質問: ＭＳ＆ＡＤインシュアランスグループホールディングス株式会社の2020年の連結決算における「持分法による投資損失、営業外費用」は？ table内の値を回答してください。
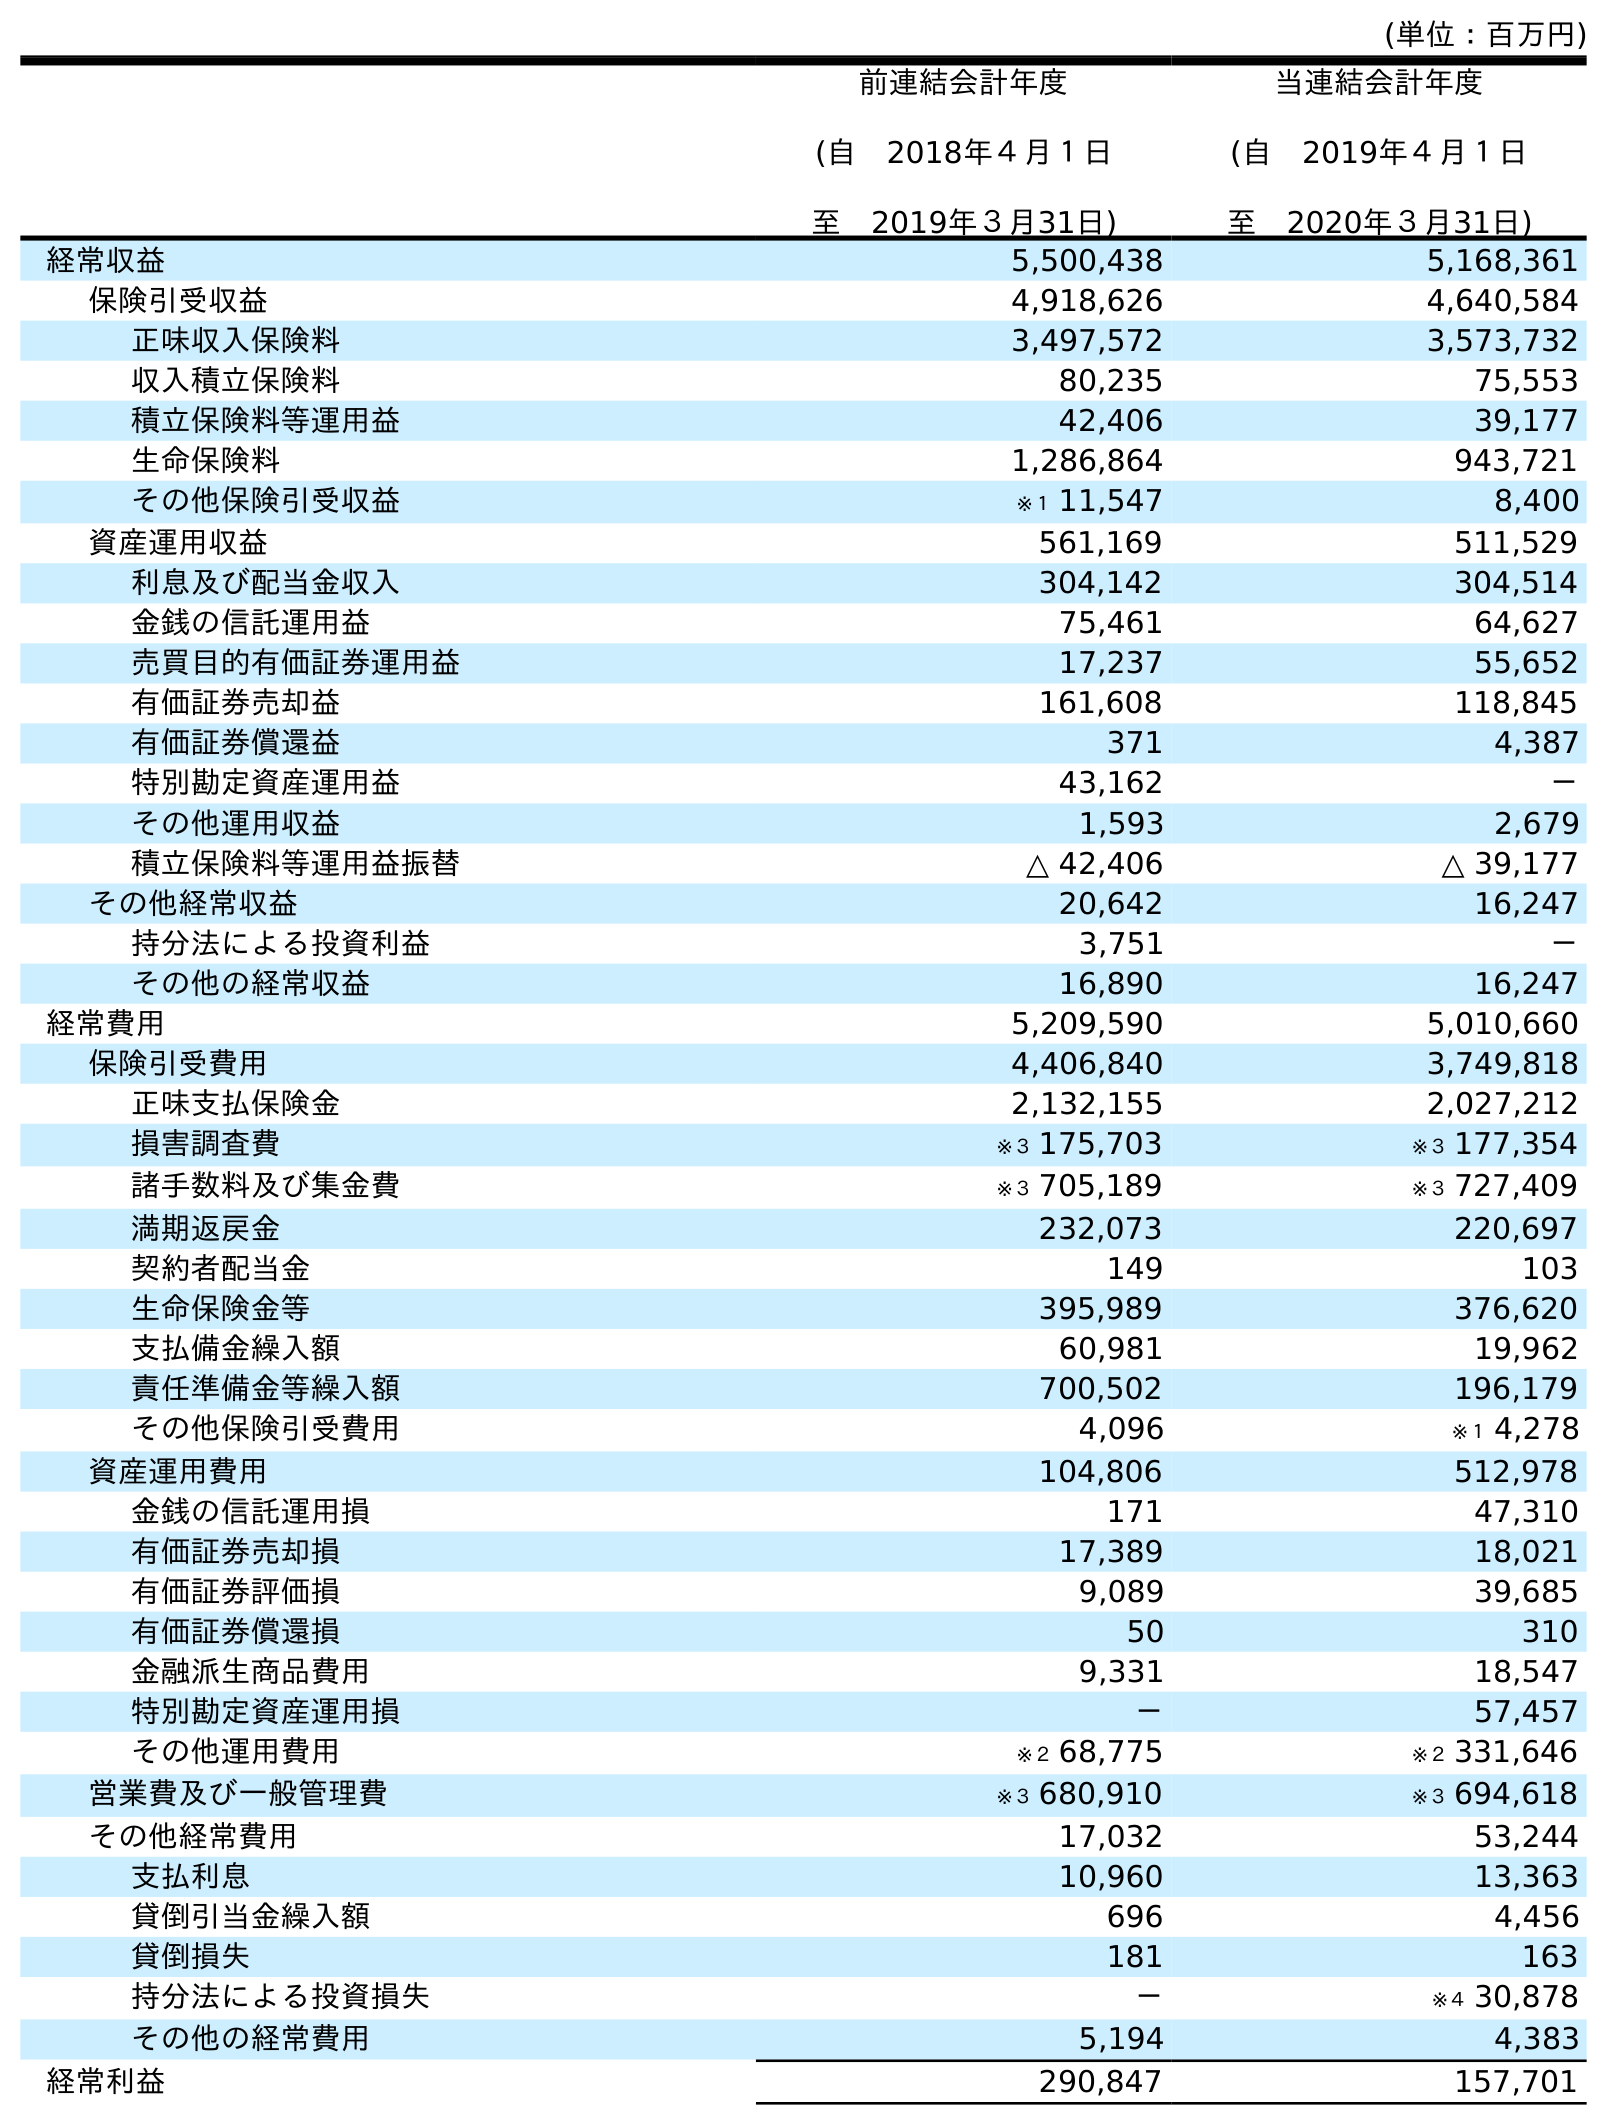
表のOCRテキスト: (単位：百万円) 前連結会計年度 (自 2018年４月１日 至 2019年３月31日) 当連結会計年度 (自 2019年４月１日 至 2020年３月31日) 経常収益 5,500,438 5,168,361 保険引受収益 4,918,626 4,640,584 正味収入保険料 3,497,572 3,573,732 収入積立保険料 80,235 75,553 積立保険料等運用益 42,406 39,177 生命保険料 1,286,864 943,721 その他保険引受収益 ※１ 11,547 8,400 資産運用収益 561,169 511,529 利息及び配当金収入 304,142 304,514 金銭の信託運用益 75,461 64,627 売買目的有価証券運用益 17,237 55,652 有価証券売却益 161,608 118,845 有価証券償還益 371 4,387 特別勘定資産運用益 43,162 － その他運用収益 1,593 2,679 積立保険料等運用益振替 △ 42,406 △ 39,177 その他経常収益 20,642 16,247 持分法による投資利益 3,751 － その他の経常収益 16,890 16,247 経常費用 5,209,590 5,010,660 保険引受費用 4,406,840 3,749,818 正味支払保険金 2,132,155 2,027,212 損害調査費 ※３ 175,703 ※３ 177,354 諸手数料及び集金費 ※３ 705,189 ※３ 727,409 満期返戻金 232,073 220,697 契約者配当金 149 103 生命保険金等 395,989 376,620 支払備金繰入額 60,981 19,962 責任準備金等繰入額 700,502 196,179 その他保険引受費用 4,096 ※１ 4,278 資産運用費用 104,806 512,978 金銭の信託運用損 171 47,310 有価証券売却損 17,389 18,021 有価証券評価損 9,089 39,685 有価証券償還損 50 310 金融派生商品費用 9,331 18,547 特別勘定資産運用損 － 57,457 その他運用費用 ※２ 68,775 ※２ 331,646 営業費及び一般管理費 ※３ 680,910 ※３ 694,618 その他経常費用 17,032 53,244 支払利息 10,960 13,363 貸倒引当金繰入額 696 4,456 貸倒損失 181 163 持分法による投資損失 － ※４ 30,878 その他の経常費用 5,194 4,383 経常利益 290,847 157,701
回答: ※４30,878